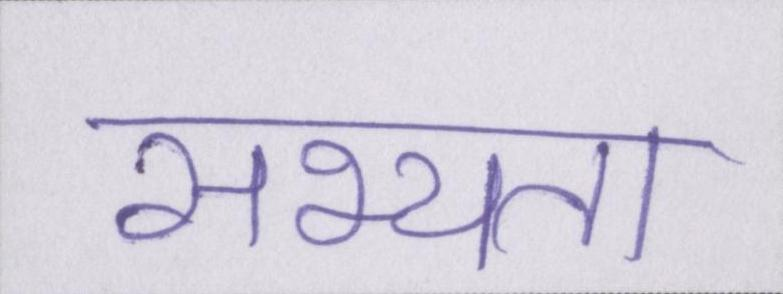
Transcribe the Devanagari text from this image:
सभ्यता